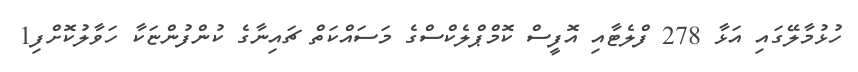
ހުޅުމާލޭގައި އަޅާ 278 ފްލެޓާއި އޮފީސް ކޮމްޕްލެކްސްގެ މަސައްކަތް ޗައިނާގެ ކުންފުންޏަކާ ހަވާލުކޮށްފި1